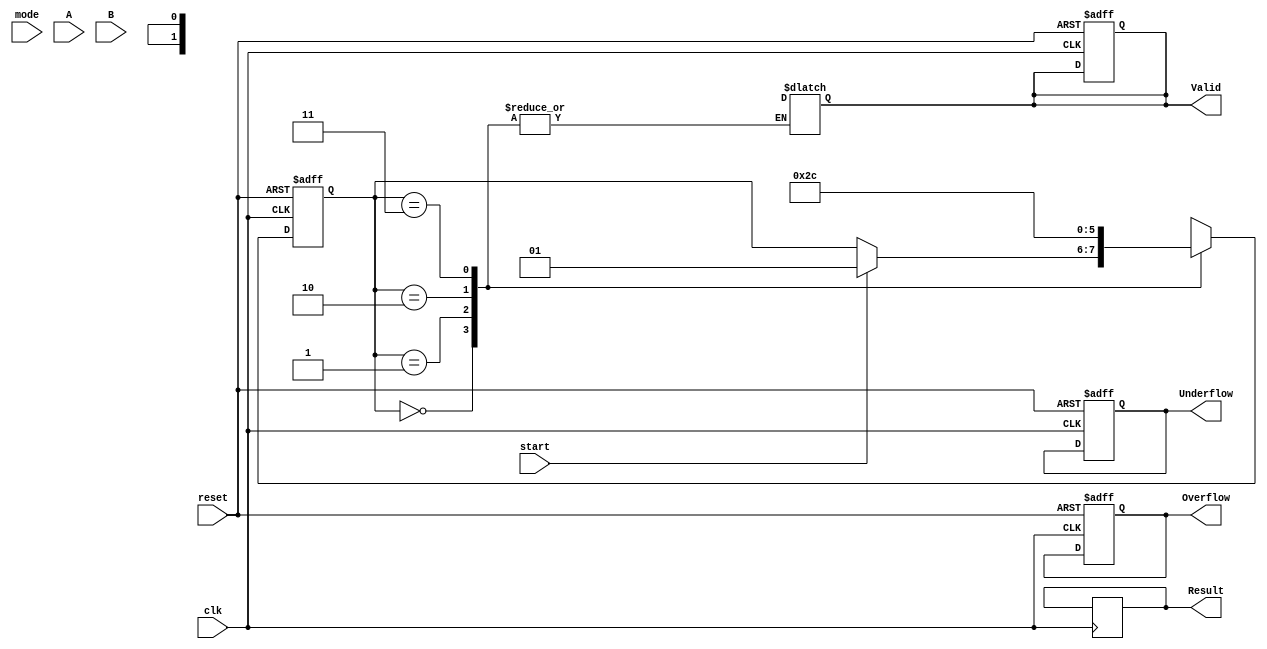
module fp_multiplier (
    input wire clk,
    input wire reset,
    input wire start,
    input wire mode, // 0 for single precision, 1 for double precision
    input wire [63:0] A, // Input A, 32 bits for single, 64 for double
    input wire [63:0] B, // Input B, 32 bits for single, 64 for double
    output reg [63:0] Result, // Resulting floating-point product
    output reg Valid, // Output valid signal
    output reg Overflow, // Overflow flag
    output reg Underflow // Underflow flag
);

    // Parameters for single and double precision
    localparam SINGLE_PRECISION = 0;
    localparam DOUBLE_PRECISION = 1;
    
    // Bias values
    localparam SINGLE_BIAS = 127;
    localparam DOUBLE_BIAS = 1023;

    // Internal signals
    reg [1:0] state;
    reg [1:0] next_state;
    
    // Decomposed parts
    reg sign_a, sign_b, sign_result;
    reg [7:0] exp_a, exp_b, exp_result;
    reg [23:0] mant_a, mant_b, mant_result;
    
    // Intermediate mantissa and exponent calculations
    wire [47:0] mant_product; // 24 x 24 = 48 bits product
    reg [23:0] normalized_mant;
    reg [7:0] adjusted_exp;

    // State encoding
    localparam IDLE = 0;
    localparam DECOMPOSE = 1;
    localparam MULTIPLY = 2;
    localparam NORMALIZE = 3;
    localparam FORMAT = 4;

    // Control logic for state transitions
    always @(posedge clk or posedge reset) begin
        if (reset) begin
            state <= IDLE;
            Valid <= 0;
            Overflow <= 0;
            Underflow <= 0;
        end else begin
            state <= next_state;
        end
    end

    // State machine for controlled flow
    always @(*) begin
        next_state = state;
        case (state)
            IDLE: begin
                if (start) begin
                    next_state = DECOMPOSE;
                end
            end
            DECOMPOSE: begin
                next_state = MULTIPLY;
            end
            MULTIPLY: begin
                next_state = NORMALIZE;
            end
            NORMALIZE: begin
                next_state = FORMAT;
            end
            FORMAT: begin
                Valid = 1;
                next_state = IDLE;
            end
        endcase
    end

    // Decompose inputs
    always @(posedge clk) begin
        if (state == DECOMPOSE) begin
            if (mode == SINGLE_PRECISION) begin
                sign_a <= A[31];
                exp_a <= A[30:23] - SINGLE_BIAS;
                mant_a <= {1'b1, A[22:0]}; // Implicit leading 1 for normalized
                sign_b <= B[31];
                exp_b <= B[30:23] - SINGLE_BIAS;
                mant_b <= {1'b1, B[22:0]};
            end else begin
                // Double precision handling can be added here
            end
        end
    end

    // Mantissa multiplication
    assign mant_product = mant_a * mant_b;

    // Normalization logic (for single precision)
    always @(posedge clk) begin
        if (state == MULTIPLY) begin
            if (mant_product[47]) begin // If higher bit is set, need to normalize
                normalized_mant <= mant_product[46:23]; // Shift right
                adjusted_exp <= exp_a + exp_b + 1;
            end else begin
                normalized_mant <= mant_product[45:22]; // No shift
                adjusted_exp <= exp_a + exp_b;
            end
        end
    end

    // Format result
    always @(posedge clk) begin
        if (state == FORMAT) begin
            sign_result <= sign_a ^ sign_b; // XOR for sign
            exp_result <= adjusted_exp + SINGLE_BIAS; // Adjust exponent back
            Result <= {sign_result, exp_result[7:0], normalized_mant[22:0]}; // Assemble result
        end
    end

endmodule